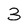
Character: 3